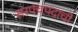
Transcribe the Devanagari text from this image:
सरपंचपदाची